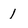
Character: 1